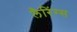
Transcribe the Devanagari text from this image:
लैरिंग्स